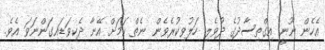
އެހެން ނޫނީ އިގްތިސާދުގެ ދުވެލި ހަލުވިކުރެވެން ނެތް ކަމަށް އޭނާ ދެކިވަޑައިގަންނަވަ އެވެ.